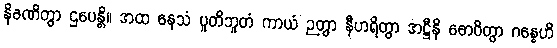
နိခဏိတွာ ဌပေန္တိ။ အထ နေသံ ပူတိဘူတံ ကာယံ ဉတွာ နီဟရိတွာ အဋ္ဌီနိ ဓောဝိတွာ ဂန္ဓေဟိ